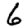
Digit: 6